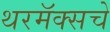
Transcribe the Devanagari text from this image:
थरमॅक्सचे